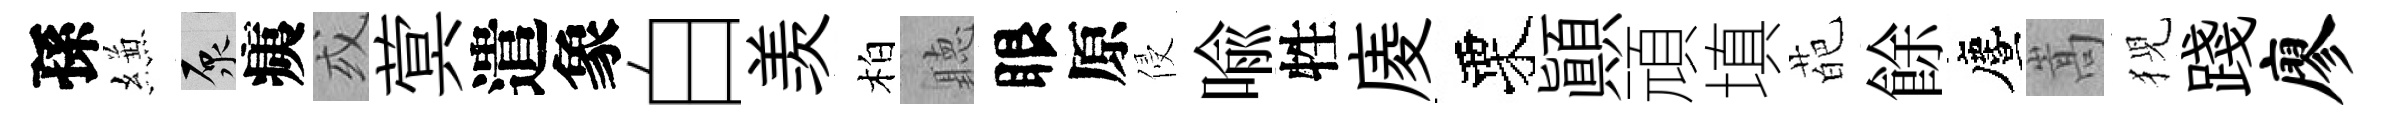
孫縑原痍或蓂遣象白羡柏聽眼原侵喩牲庱栗顚頑填葩餘󵨌嵩猊踐廖